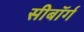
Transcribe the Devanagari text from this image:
सीबॉर्ग